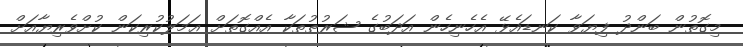
މިގޮތުން ބަންދު ފިޔަވާ ކަނޑައެޅޭ އެހެނިހެން އަދަބުގެ ޝަރުޠުތަކާ އެއްގޮތަށް ޢަމަލުކުރިކަން ކުށްވެރިޔާއަށް